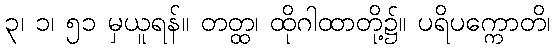
၃၊ ၁၊ ၅၁ မှယူရန်။ တတ္ထ၊ ထိုဂါထာတို့၌။ ပရိပက္ကောတိ၊